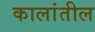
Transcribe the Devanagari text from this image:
कालांतील